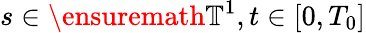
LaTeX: s\in\ensuremath{\mathbb{T}}^{1},t\in[0,T_{0}]